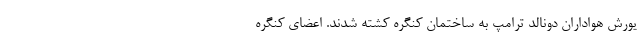
یورش هواداران دونالد ترامپ به ساختمان کنگره کشته شدند. اعضای کنگره